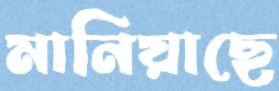
মানিয়াছে